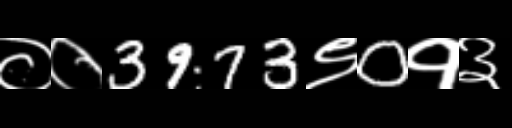
Text: ००3973९0१३